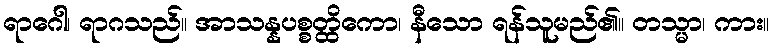
ရာဂေါ၊ ရာဂသည်။ အာသန္နပစ္စတ္ထိကော၊ နီသော ရန်သူမည်၏။ တသ္မာ၊ ကား။